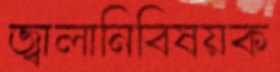
জ্বালানিবিষয়ক